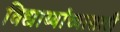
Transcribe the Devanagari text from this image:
विद्यार्थ्यांच्यासाठी